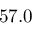
5 7 . 0